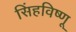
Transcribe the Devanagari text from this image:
सिंहविष्णू